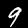
Digit: 9